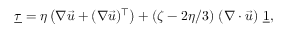
\underline { { \tau } } = \eta \left( \nabla \vec { u } + ( \nabla \vec { u } ) ^ { \top } \right) + \left( \zeta - 2 \eta / 3 \right) \, \left( \nabla \cdot \vec { u } \right) \, \underline { { 1 } } ,